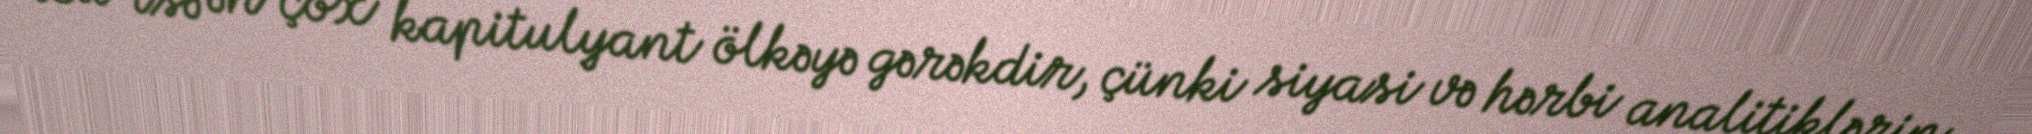
Bu isə ən çox kapitulyant ölkəyə gərəkdir, çünki siyasi və hərbi analitiklərin